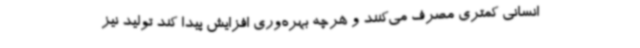
انسانی کمتری مصرف می‌کنند و هرچه بهره‌وری افزایش پیدا کند تولید نیز